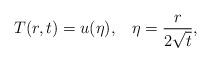
LaTeX: \begin{align*} T(r,t)=u(\eta),\;\;\;\eta=\dfrac{r}{2\sqrt{t}},\end{align*}